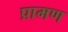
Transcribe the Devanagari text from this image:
प्रामण